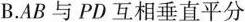
B. AB与PD互相垂直平分